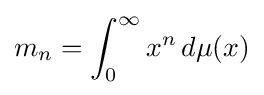
m_{n}=\int _{0}^{\infty }x^{n}\,d\mu (x)